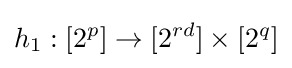
h_{1}:[2^{p}]\to [2^{rd}]\times [2^{q}]